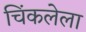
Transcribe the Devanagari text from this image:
चिंकलेला